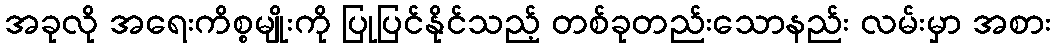
အခုလို အရေးကိစ္စမျိုးကို ပြုပြင်နိုင်သည့် တစ်ခုတည်းသောနည်း လမ်းမှာ အစား